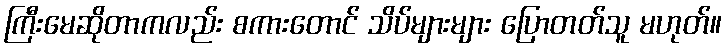
ကြီးမေဆိုတာကလည်း စကားတောင် သိပ်များများ ပြောတတ်သူ မဟုတ်။